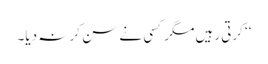
‘‘ کرتی رہیں مگر کسی نے سن کر نہ دیا۔